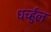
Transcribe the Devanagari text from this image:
धर्च्हुल